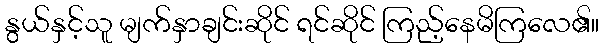
နွယ်နှင့်သူ မျက်နှာချင်းဆိုင် ရင်ဆိုင် ကြည့်နေမိကြလေ၏။